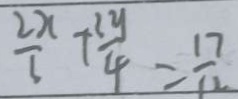
\frac { 2 x } { 6 } + \frac { 3 y } { 4 } = \frac { 1 7 } { 1 2 }